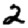
Digit: 2